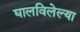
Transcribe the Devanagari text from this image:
घालविलेल्या